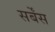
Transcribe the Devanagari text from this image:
सर्बेंस